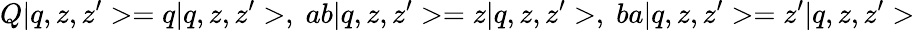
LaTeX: Q|q,z,z^{\prime}>=q|q,z,z^{\prime}>,\; ab|q,z,z^{\prime}>=z|q,z,z^{\prime}>,\; ba|q,z,z^{\prime}>=z^{\prime}|q,z,z^{\prime}>